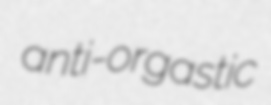
anti-orgastic